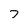
Character: 7